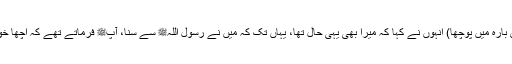
پھر میں ابو قتادہؓ سے ملا (ان سے اس بارہ میں پوچھا) انہوں نے کہا کہ میرا بھی یہی حال تھا، یہاں تک کہ میں نے رسول اللہﷺ سے سنا، آپﷺ فرماتے تھے کہ اچھا خواب اللہ تعالیٰ کی طرف سے ہوتا ہے۔